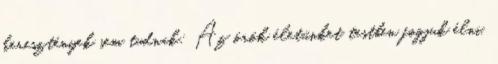
keresztények sem tudnak: Az örök életünket testben fogjuk élni.